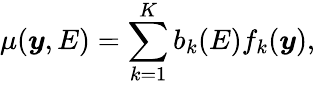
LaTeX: \mu(\boldsymbol{y},E)=\sum_{k=1}^{K}b_{k}(E)f_{k}(\boldsymbol{y}),